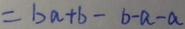
= b a + b - b - a - a